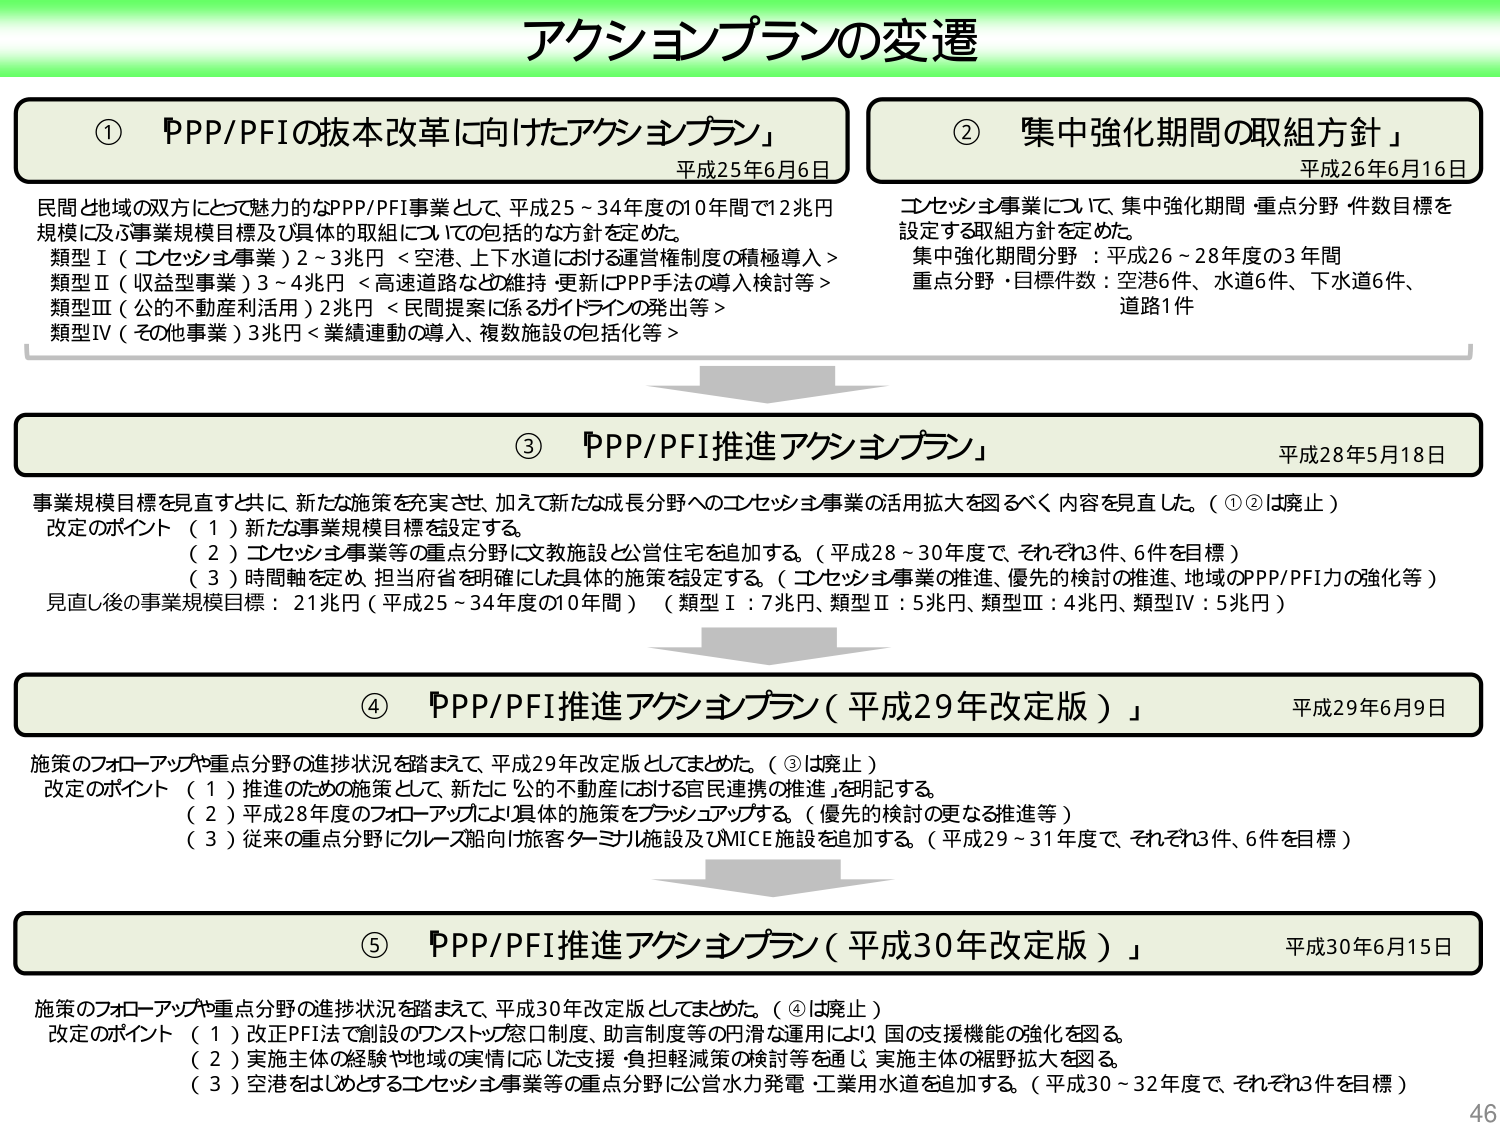
アクションプランの変遷

①「PPP/PFIの抜本改革に向けたアクションプラン」
平成25年6月6日
民間と地域の双方にとって魅力的なPPP/PFI事業として、平成25～34年度の10年間で12兆円規模に及ぶ事業規模目標及び具体的取組についての包括的な方針を定めた。
類型Ⅰ（コンセッション事業）2～3兆円＜空港、上下水道における運営権制度の積極導入＞
類型Ⅱ（収益型事業）3～4兆円＜高速道路などの維持・更新にPPP手法の導入検討等＞
類型Ⅲ（公的不動産利活用）2兆円＜民間提案に係るガイドラインの発出等＞
類型Ⅳ（その他事業）3兆円＜業績連動の導入、複数施設の包括化等＞

②「集中強化期間の取組方針」
平成26年6月16日
コンセッション事業について、集中強化期間・重点分野・件数目標を設定する取組方針を定めた。
集中強化期間分野：平成26～28年度の3年間
重点分野・目標件数：空港6件、水道6件、下水道6件、道路1件

③「PPP/PFI推進アクションプラン」
平成28年5月18日
事業規模目標を見直すと共に、新たな施策を充実させ、加えて新たな成長分野へのコンセッション事業の活用拡大を図るべく内容を見直した。（①②は廃止）
改定のポイント
（１）新たな事業規模目標を設定する。
（２）コンセッション事業等の重点分野に文教施設と公営住宅を追加する。（平成28～30年度で、それぞれ3件、6件を目標）
（３）時間軸を定め、担当府省を明確にした具体的施策を設定する。（コンセッション事業の推進、優先的検討の推進、地域のPPP/PFI力の強化等）
見直し後の事業規模目標：21兆円（平成25～34年度の10年間）（類型Ⅰ：7兆円、類型Ⅱ：5兆円、類型Ⅲ：4兆円、類型Ⅳ：5兆円）

④「PPP/PFI推進アクションプラン（平成29年改定版）」
平成29年6月9日
施策のフォローアップや重点分野の進捗状況を踏まえて、平成29年改定版としてまとめた。（③は廃止）
改定のポイント
（１）推進のための施策として、新たに「公的不動産における官民連携の推進」を明記する。
（２）平成28年度のフォローアップにより具体的施策をブラッシュアップする。（優先的検討の更なる推進等）
（３）従来の重点分野にクルーズ船向け旅客ターミナル施設及びMICE施設を追加する。（平成29～31年度で、それぞれ3件、6件を目標）

⑤「PPP/PFI推進アクションプラン（平成30年改定版）」
平成30年6月15日
施策のフォローアップや重点分野の進捗状況を踏まえて、平成30年改定版としてまとめた。（④は廃止）
改定のポイント
（１）改正PFI法で創設のワンストップ窓口制度、助言制度等の円滑な運用により、国の支援機能の強化を図る。
（２）実施主体の経験や地域の実情に応じた支援・負担軽減策の検討等を通じ、実施主体の裾野拡大を図る。
（３）空港をはじめとするコンセッション事業等の重点分野に公営水力発電・工業用水道を追加する。（平成30～32年度で、それぞれ3件を目標）

46